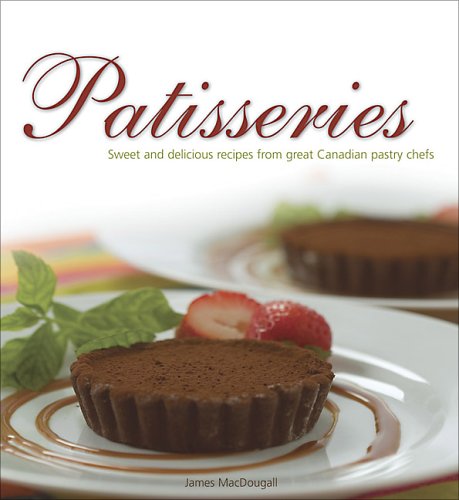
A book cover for Patisseries: Sweet and delicious recipes from great Canadian pastry chefs (Flavours Cookbook); James MacDougall; Cookbooks, Food & Wine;